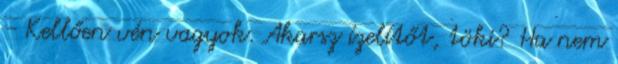
- Kellően vén vagyok. Akarsz ízelítőt, töki? Ha nem